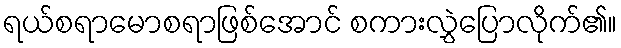
ရယ်စရာမောစရာဖြစ်အောင် စကားလွှဲပြောလိုက်၏။